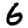
Digit: 6